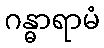
ဂန္ဓာရာမံ